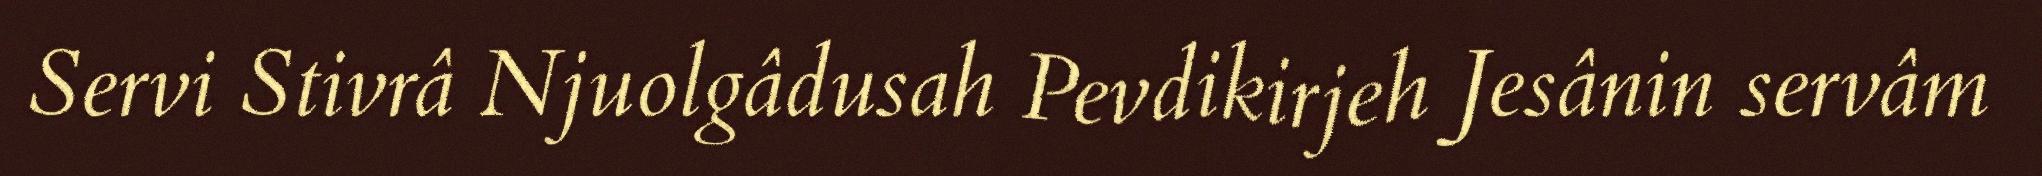
Servi Stivrâ Njuolgâdusah Pevdikirjeh Jesânin servâm